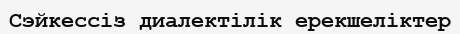
Сэйкессіз диалектілік ерекшеліктер